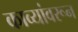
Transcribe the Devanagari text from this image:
काव्यांवरून